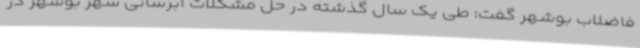
فاضلاب بوشهر گفت: طی یک سال گذشته در حل مشکلات آبرسانی شهر بوشهر در